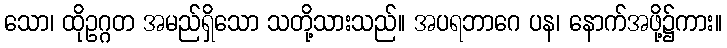
သော၊ ထိုဥဂ္ဂတ အမည်ရှိသော သတို့သားသည်။ အပရဘာဂေ ပန၊ နောက်အဖို့၌ကား။